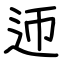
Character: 迊